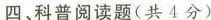
四、科普阅读题(共4分)